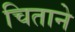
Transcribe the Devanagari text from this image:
चिताने